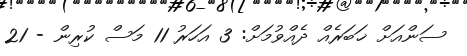
ސަންއަށް ޚަބަރެއް ދެއްވުމަށް: 3 އަހަރު 11 މަސް ކުރިން - 21